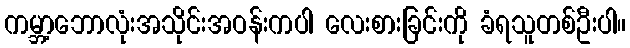
ကမ္ဘာ့ဘောလုံးအသိုင်းအဝန်းကပါ လေးစားခြင်းကို ခံရသူတစ်ဦးပါ။